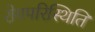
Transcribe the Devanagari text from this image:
रोगपरिस्थिति